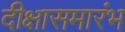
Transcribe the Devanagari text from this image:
दीक्षासमारंभ